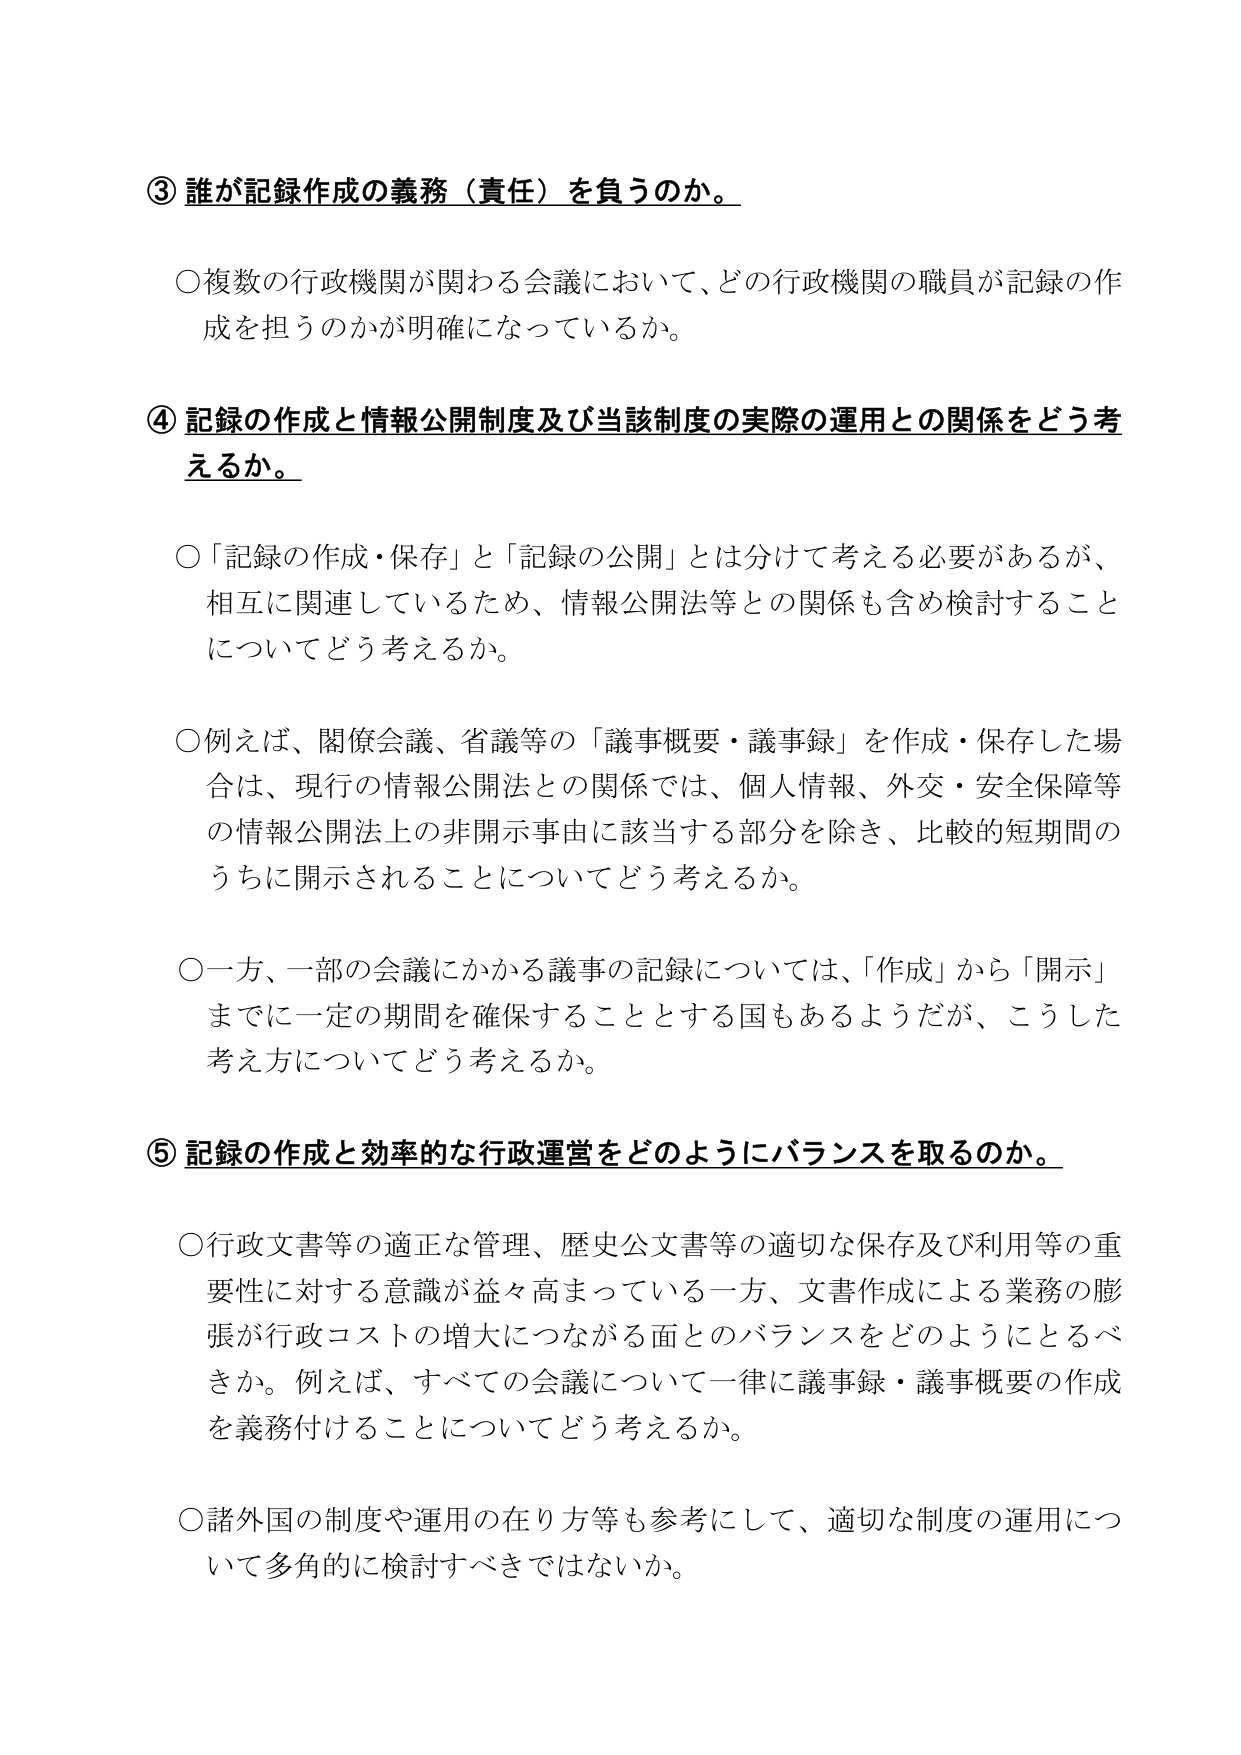
③ 誰が記録作成の義務（責任）を負うのか。

〇複数の行政機関が関わる会議において、どの行政機関の職員が記録の作成を担うのかが明確になっているか。

④ 記録の作成と情報公開制度及び当該制度の実際の運用との関係をどう考えるか。

〇「記録の作成・保存」と「記録の公開」とは分けて考える必要があるが、相互に関連しているため、情報公開法等との関係も含め検討することについてどう考えるか。

〇例えば、閣僚会議、省議等の「議事概要・議事録」を作成・保存した場合は、現行の情報公開法との関係では、個人情報、外交・安全保障等の情報公開法上の非開示事由に該当する部分を除き、比較的短期間のうちに開示されることについてどう考えるか。

〇一方、一部の会議にかかる議事の記録については、「作成」から「開示」までに一定の期間を確保することとする国もあるようだが、こうした考え方についてどう考えるか。

⑤ 記録の作成と効率的な行政運営をどのようにバランスを取るのか。

〇行政文書等の適正な管理、歴史公文書等の適切な保存及び利用等の重要性に対する意識が益々高まっている一方、文書作成による業務の膨張が行政コストの増大につながる面とのバランスをどのようにとるべきか。例えば、すべての会議について一律に議事録・議事概要の作成を義務付けることについてどう考えるか。

〇諸外国の制度や運用の在り方等も参考にして、適切な制度の運用について多角的に検討すべきではないか。